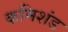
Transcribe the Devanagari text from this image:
कमिशंड